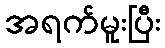
အရက်မူးပြီး